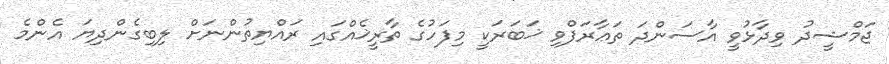
ޖަމްޝީދު ވިދާޅުވީ އާސަންދަ ތަޢާރަފްވި ޚަބަރަކީ މިފަހުގެ ތާރީޚެއްގައި ރައްޔިތުންނަށް ލިބިގެންދިޔަ އެންމެ